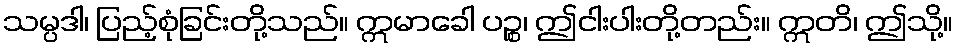
သမ္ပဒါ၊ ပြည့်စုံခြင်းတို့သည်။ ဣမာခေါ ပဉ္စ၊ ဤငါးပါးတို့တည်း။ ဣတိ၊ ဤသို့။